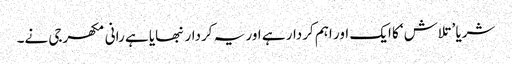
شریا ’تلاش‘ کا ایک اور اہم کردار ہے اور یہ کردار نبھایا ہے رانی مکھرجی نے۔